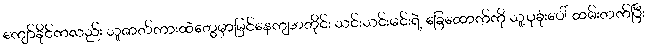
ကျော်ခိုင်ကလည်း သူဇာတ်ကားထဲတွေမှာမြင်နေကျအတိုင်း သင်းသင်းမင်းရဲ့ ခြေထောက်ကို သူ့ပုခုံးပေါ် ထမ်းတက်ပြီး